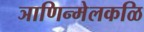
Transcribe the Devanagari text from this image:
ञाणिन्मेलकळि